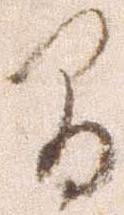
間